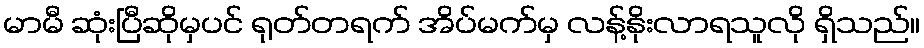
မာမီ ဆုံးပြီဆိုမှပင် ရုတ်တရက် အိပ်မက်မှ လန့်နိုးလာရသူလို ရှိသည်။